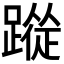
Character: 𮜉